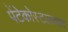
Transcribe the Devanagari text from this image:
पेंटेकोस्टलवाद